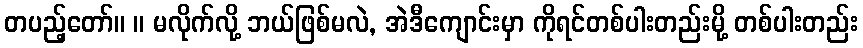
တပည့်တော်။ ။ မလိုက်လို့ ဘယ်ဖြစ်မလဲ, အဲဒီကျောင်းမှာ ကိုရင်တစ်ပါးတည်းမို့ တစ်ပါးတည်း